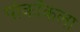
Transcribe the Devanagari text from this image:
पोकॉकला